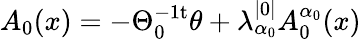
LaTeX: A_{0}(x)=-\Theta_{0}^{-1\mathrm{t}}\theta+\lambda_{\alpha_{0}}^{|0|}A_{0}^{\alpha_{0}}(x)